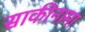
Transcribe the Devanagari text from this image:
साकीनामा